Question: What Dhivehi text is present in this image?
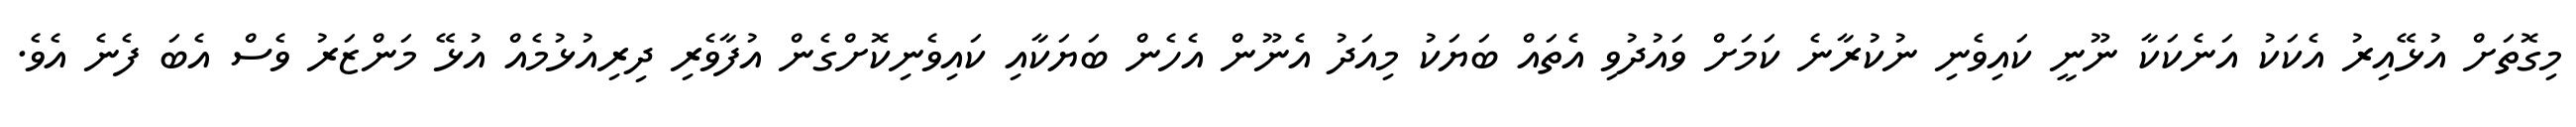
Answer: މިގޮތަށް އުޅޭއިރު އެކަކު އަނެކަކާ ނޫނީ ކައިވެނި ނުކުރާނެ ކަމަށް ވައުދުވި އެތައް ބަޔަކު މިއަދު އެނޫން އެހެން ބަޔަކާއި ކައިވެނިކޮށްގެން އުފާވެރި ދިރިއުޅުމެއް އުޅޭ މަންޒަރު ވެސް އެބަ ފެނެ އެވެ.